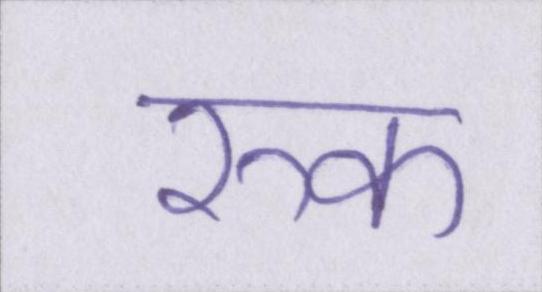
रुक